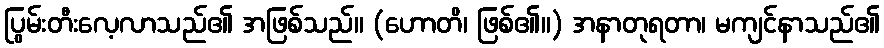
ပြွမ်းတီးလေ့လာသည်၏ အဖြစ်သည်။ (ဟောတိ၊ ဖြစ်၏။) အနာတုရတာ၊ မကျင်နာသည်၏